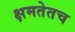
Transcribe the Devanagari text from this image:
क्षमतेतच